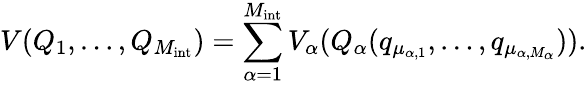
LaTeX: V(Q_{1},\dots,Q_{M_{\mathrm{int}}})=\sum_{\alpha=1}^{M_{\mathrm{int}}}V_{\alpha}(Q_{\alpha}(q_{\mu_{\alpha,1}},\dots,q_{\mu_{\alpha,M_{\alpha}}})).